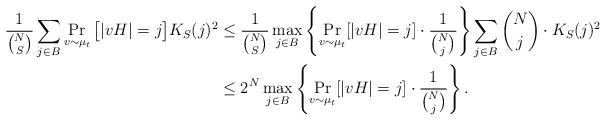
LaTeX: \begin{align*}\frac{1}{\binom{N}{S}}\sum_{j\in B} \Pr_{v\sim\mu_{t}}\big[|v H|=j\big] K_S(j)^2&\leq \frac{1}{\binom{N}{S}}\max_{j\in B}\left\{ \Pr_{v\sim \mu_t}[|v H|=j]\cdot \frac{1}{\binom{N}{j}} \right\}\sum_{j\in B} \binom{N}{j} \cdot K_S(j)^2 \\&\leq 2^{N}\max_{j\in B}\left\{ \Pr_{v\sim \mu_t}[|v H|=j] \cdot \frac{1}{\binom{N}{j}}\right\}.\end{align*}